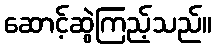
ဆောင့်ဆွဲကြည့်သည်။